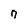
Character: n